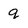
Character: q